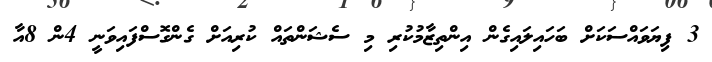
3 ފިޔަވައްސަކަށް ބަހައިލައިގެން އިންތިޒާމުކުރި މި ސެޝަންތައް ކުރިއަށް ގެންގޮސްފައިވަނީ 4ން 8އާ